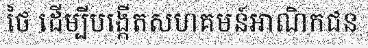
ថៃ ដើម្បីបង្កើតសហគមន៍អាណិកជន